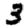
Digit: 3